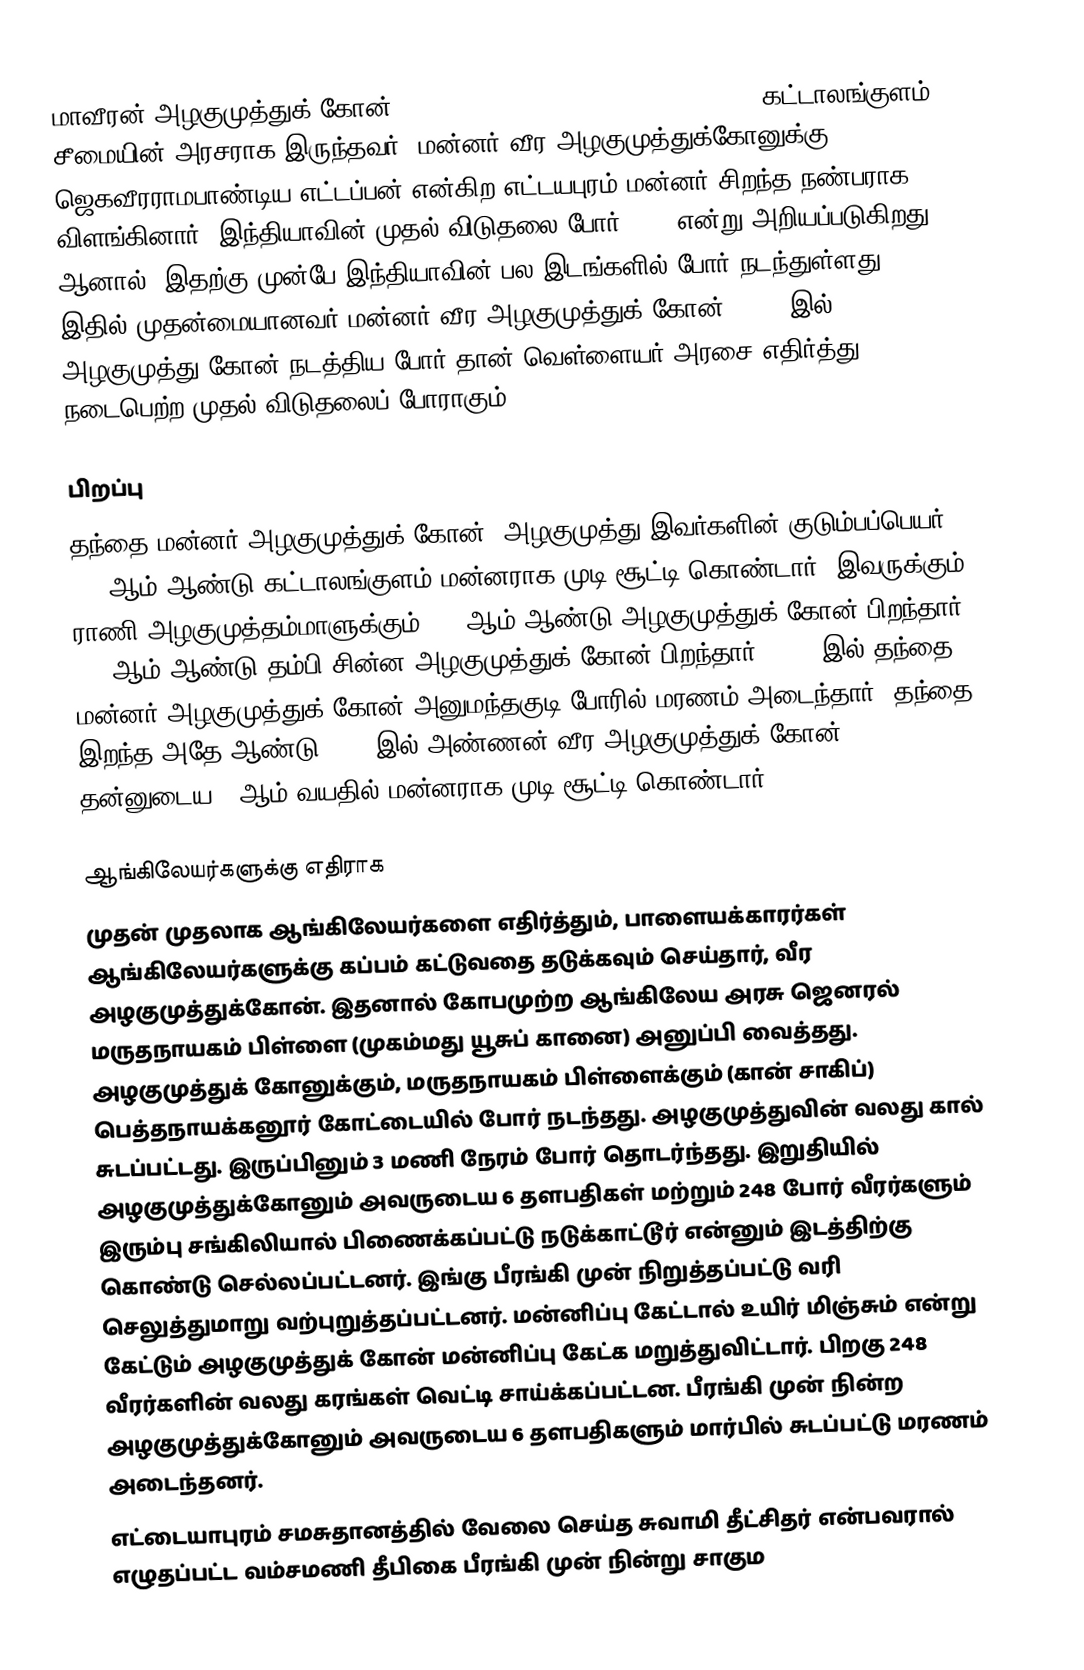
மாவீரன் அழகுமுத்துக் கோன் (Maveeran Alagumuthu Kone, 1710–1759) கட்டாலங்குளம் சீமையின் அரசராக இருந்தவர். மன்னர் வீர அழகுமுத்துக்கோனுக்கு ஜெகவீரராமபாண்டிய எட்டப்பன் என்கிற எட்டயபுரம் மன்னர் சிறந்த நண்பராக விளங்கினார். இந்தியாவின் முதல் விடுதலை போர் 1857 என்று அறியப்படுகிறது. ஆனால், இதற்கு முன்பே இந்தியாவின் பல இடங்களில் போர் நடந்துள்ளது. இதில் முதன்மையானவர் மன்னர் வீர அழகுமுத்துக் கோன்.1759 -இல் அழகுமுத்து கோன் நடத்திய போர் தான் வெள்ளையர் அரசை எதிர்த்து நடைபெற்ற முதல் விடுதலைப் போராகும்.

பிறப்பு
தந்தை மன்னர் அழகுமுத்துக் கோன் (அழகுமுத்து இவர்களின் குடும்பப்பெயர்)  1725ஆம் ஆண்டு கட்டாலங்குளம் மன்னராக முடி சூட்டி கொண்டார். இவருக்கும் ராணி அழகுமுத்தம்மாளுக்கும் 1728ஆம் ஆண்டு அழகுமுத்துக் கோன் பிறந்தார். 1729ஆம் ஆண்டு தம்பி சின்ன அழகுமுத்துக் கோன் பிறந்தார். 1750-இல் தந்தை மன்னர் அழகுமுத்துக் கோன் அனுமந்தகுடி போரில் மரணம் அடைந்தார். தந்தை இறந்த அதே ஆண்டு 1750-இல் அண்ணன் வீர அழகுமுத்துக் கோன் தன்னுடைய 22ஆம் வயதில் மன்னராக முடி சூட்டி கொண்டார்.

ஆங்கிலேயர்களுக்கு எதிராக
முதன் முதலாக ஆங்கிலேயர்களை எதிர்த்தும், பாளையக்காரர்கள் ஆங்கிலேயர்களுக்கு கப்பம் கட்டுவதை தடுக்கவும் செய்தார், வீர அழகுமுத்துக்கோன். இதனால் கோபமுற்ற ஆங்கிலேய அரசு ஜெனரல் மருதநாயகம் பிள்ளை (முகம்மது யூசுப் கானை) அனுப்பி வைத்தது. அழகுமுத்துக் கோனுக்கும், மருதநாயகம் பிள்ளைக்கும் (கான் சாகிப்) பெத்தநாயக்கனூர் கோட்டையில் போர் நடந்தது. அழகுமுத்துவின் வலது கால் சுடப்பட்டது. இருப்பினும் 3 மணி நேரம் போர் தொடர்ந்தது. இறுதியில் அழகுமுத்துக்கோனும் அவருடைய 6 தளபதிகள் மற்றும் 248 போர் வீரர்களும் இரும்பு சங்கிலியால் பிணைக்கப்பட்டு நடுக்காட்டூர் என்னும் இடத்திற்கு கொண்டு செல்லப்பட்டனர். இங்கு பீரங்கி முன் நிறுத்தப்பட்டு வரி செலுத்துமாறு வற்புறுத்தப்பட்டனர். மன்னிப்பு கேட்டால் உயிர் மிஞ்சும் என்று கேட்டும் அழகுமுத்துக் கோன் மன்னிப்பு கேட்க மறுத்துவிட்டார். பிறகு 248 வீரர்களின் வலது கரங்கள் வெட்டி சாய்க்கப்பட்டன. பீரங்கி முன் நின்ற அழகுமுத்துக்கோனும் அவருடைய 6 தளபதிகளும் மார்பில் சுடப்பட்டு மரணம் அடைந்தனர்.
எட்டையாபுரம் சமசுதானத்தில் வேலை செய்த சுவாமி தீட்சிதர் என்பவரால் எழுதப்பட்ட வம்சமணி தீபிகை பீரங்கி முன் நின்று சாகும